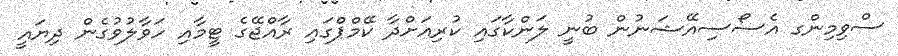
ސްވިމިންގ އެސޯސިއޭޝަނުން ބުނީ ލަންކާގައި ކުރިއަށްދާ ކޭމްޕްގައި ރާއްޖޭގެ ޓީމާއި ހަވާލުވުގެން ދިޔައީ